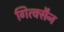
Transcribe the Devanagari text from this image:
गित्क्सैन